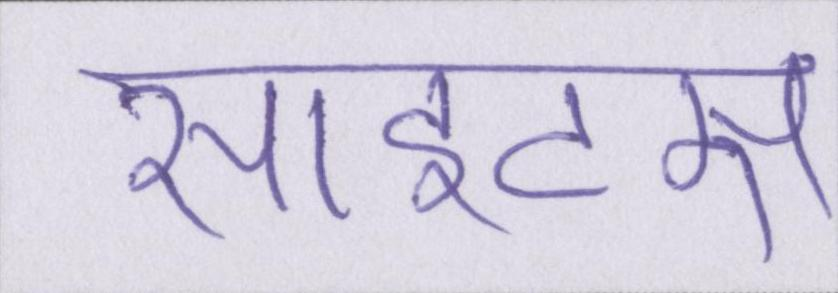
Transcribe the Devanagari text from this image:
साइट्स